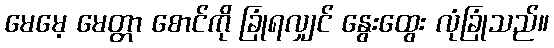
မေမေ့ မေတ္တာ စောင်ကို ခြုံရလျှင် နွေးထွေး လုံခြုံသည်။